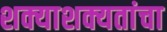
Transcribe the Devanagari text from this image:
शक्याशक्यतांचा